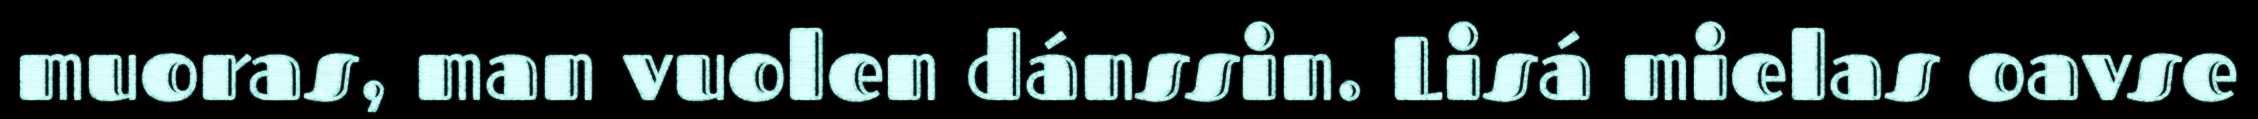
muoras, man vuolen dánssin. Lisá mielas oavse